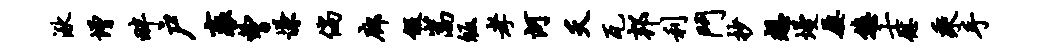
湫增畔户袤曹慊倘廊假嵩皈孝河夭瓦邦利斗抄想墁屡悠士慰乘手